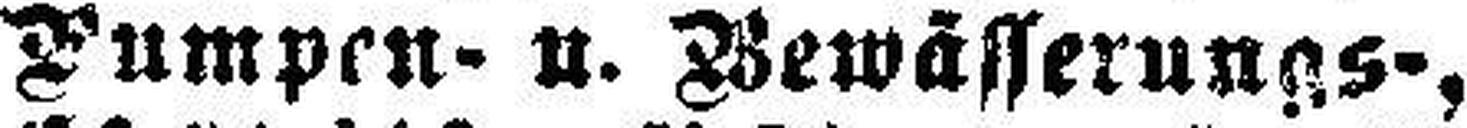
Pumpen- u. Bewässerungs-,